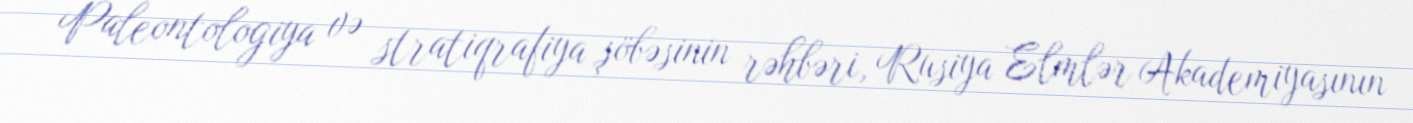
Paleontologiya və stratiqrafiya şöbəsinin rəhbəri, Rusiya Elmlər Akademiyasının